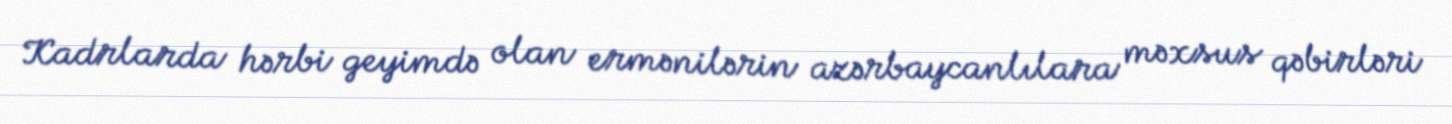
Kadrlarda hərbi geyimdə olan ermənilərin azərbaycanlılara məxsus qəbirləri